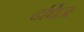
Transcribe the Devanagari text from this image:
दधिज